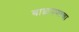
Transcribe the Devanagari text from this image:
बाळपणाचा